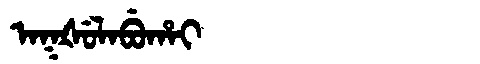
Manchu: ᠠᡴᡧᡠᠯᠠᠪᡠᡥᠠᡳ
Romanization: AKŠULABUHAI